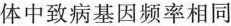
中致病基因频率相同